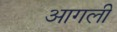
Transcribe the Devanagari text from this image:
आगली